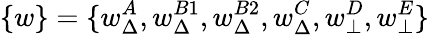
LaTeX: \{ w\} =\{ w_{\Delta}^{A},w_{\Delta}^{B1},w_{\Delta}^{B2},w_{\Delta}^{C},w_{\bot}^{D},w_{\bot}^{E}\}